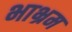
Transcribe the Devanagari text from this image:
भाभ्रम